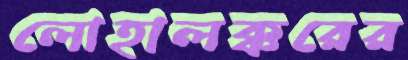
লোহালক্করের